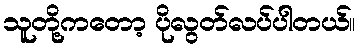
သူတို့ကတော့ ပိုလွတ်လပ်ပါတယ်။